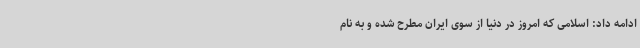
ادامه داد: اسلامی که امروز در دنیا از سوی ایران مطرح شده و به نام